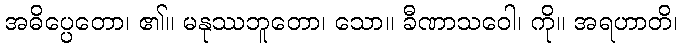
အဓိပ္ပေတော၊ ၏။ မနုဿဘူတော၊ သော။ ခီဏာသဝေါ၊ ကို။ အရဟာတိ၊